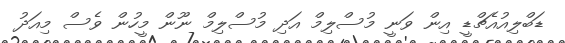
ޑަބްލިއުއެޗްޑީ އިން ވަނީ މުސްލިމް އަދި މުސްލިމް ނޫން މީހުން ވެސް މިއަދު